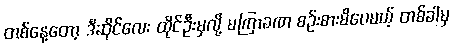
တစ်နေ့တော့ ဒီဆိုင်လေး ထိုင်ဦးမှလို့ မကြာခဏ စဉ်းစားမိပေမယ့် တစ်ခါမှ